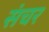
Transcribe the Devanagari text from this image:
संचर